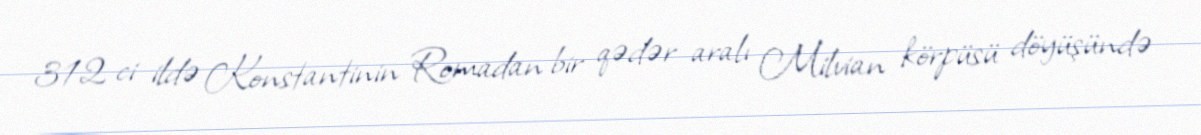
312 ci ildə Konstantinin Romadan bir qədər aralı Milvian körpüsü döyüşündə